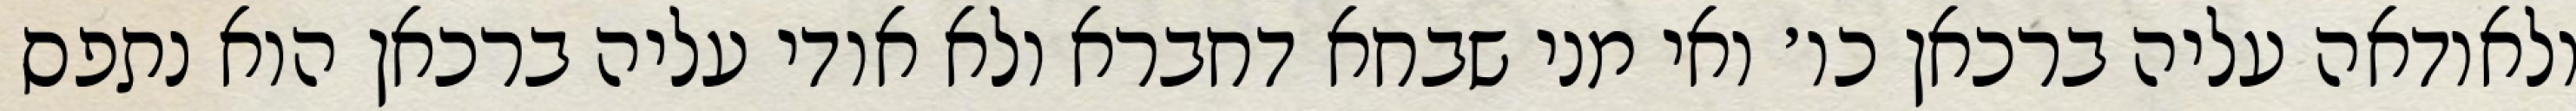
ולאודאה עליה ברכאן כו׳ ואי מני שבחא דחברא ולא אודי עליה ברכאן הוא נתפס